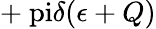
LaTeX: +\mathrm{\ pi}\delta(\epsilon+Q)